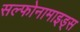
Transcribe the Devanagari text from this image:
सल्फोनामाइड्स